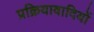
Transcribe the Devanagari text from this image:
प्रक्रियावादियों